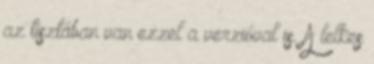
az tisztában van ezzel a verzióval is. A lelkes